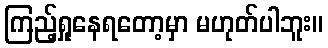
ကြည့်ရှုနေရတော့မှာ မဟုတ်ပါဘူး။